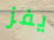
يفز